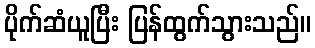
ပိုက်ဆံယူပြီး ပြန်ထွက်သွားသည်။